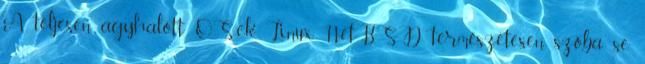
A teljesen agyhalott OS-ek Linux, NetBSD természetesen szóba se